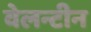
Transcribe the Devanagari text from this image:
वेलन्टीन